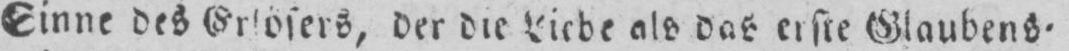
der die Liebe als das erste Glaubens⸗